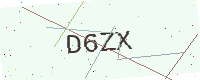
Text: D6ZX